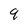
Character: 9